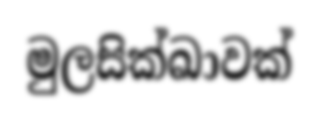
මුලසික්ඛාවක්